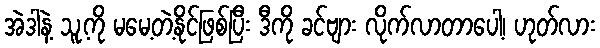
အဲဒါနဲ့ သူ့ကို မမေ့တဲ့နိုင်ဖြစ်ပြီး ဒီကို ခင်ဗျား လိုက်လာတာပေါ့၊ ဟုတ်လား